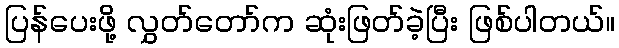
ပြန်ပေးဖို့ လွှတ်တော်က ဆုံးဖြတ်ခဲ့ပြီး ဖြစ်ပါတယ်။